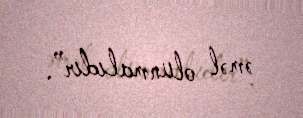
əməl olunmalıdır”.